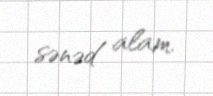
sənəd alam.